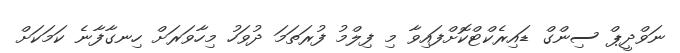
ނަވްދީޕް ސިންގް ޑައިރެކްޓްކޮށްފައިވާ މި ފިލްމު ފުރަތަމަ ދުވަހު މިހާވަރަށް ހިނގާފާނެ ކަމަކަށް